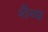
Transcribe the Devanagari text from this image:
शैव्य